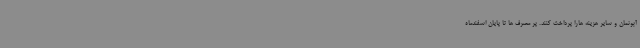
آبونمان و سایر هزینه هارا پرداخت کنند. پر مصرف ها تا پایان اسفندماه